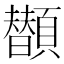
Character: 𩕗